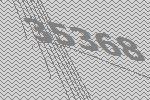
35368